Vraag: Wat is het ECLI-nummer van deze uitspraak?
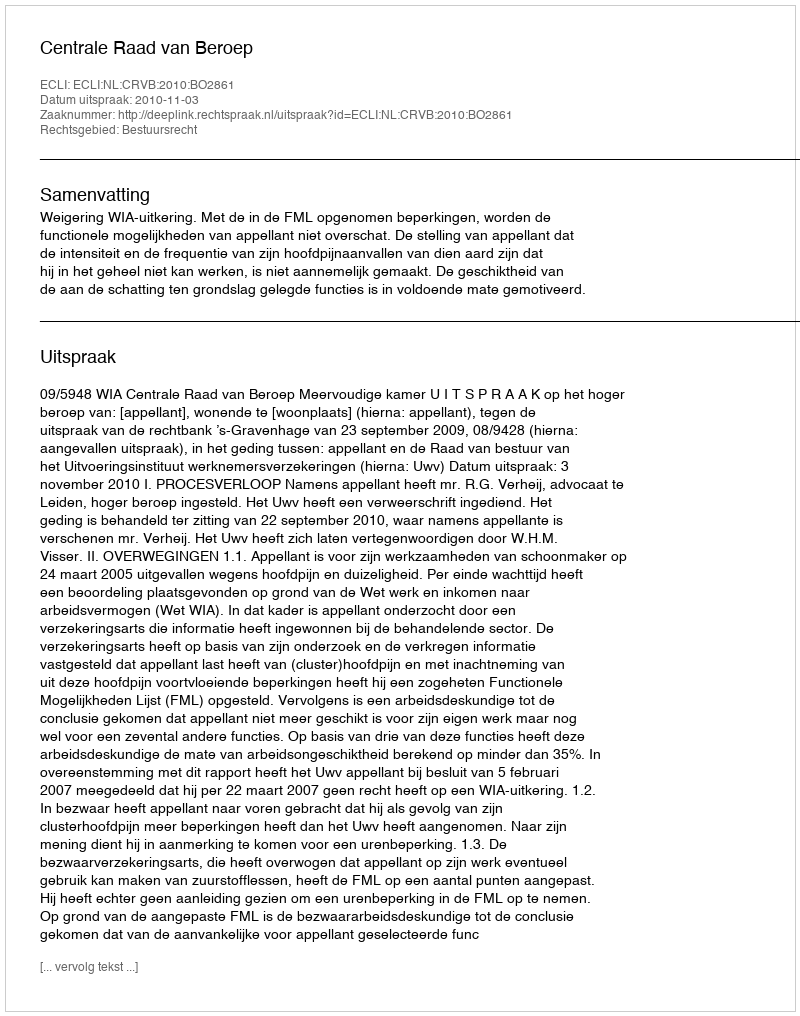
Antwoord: ECLI:NL:CRVB:2010:BO2861